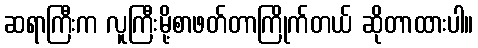
ဆရာကြီးက လူကြီးမို့စာဖတ်တာကြိုက်တယ် ဆိုတာထားပါ။